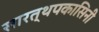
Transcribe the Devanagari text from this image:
सारत्थपकासिनी